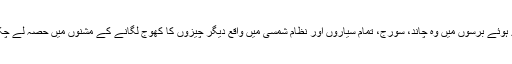
گزرے ہوئے برسوں میں وہ چاند، سورج، تمام سیاروں اور نظام شمسی میں واقع دیگر چیزوں کا کھوج لگانے کے مشنوں میں حصہ لے چکی ہیں۔